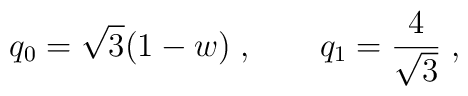
q_0 = \sqrt{3}(1-w)\; ,\qquad q_1 = \frac{4}{\sqrt{3}}\; ,